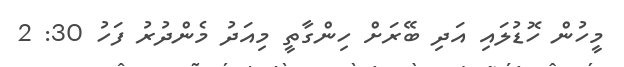
މީހުން ހޮޑުލައި އަދި ބޭރަށް ހިންގާތީ މިއަދު މެންދުރު ފަހު 30: 2